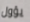
يؤول